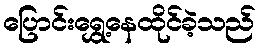
ပြောင်းရွှေ့နေထိုင်ခဲ့သည်